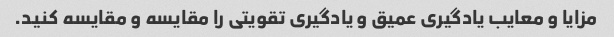
مزایا و معایب یادگیری عمیق و یادگیری تقویتی را مقایسه و مقایسه کنید.